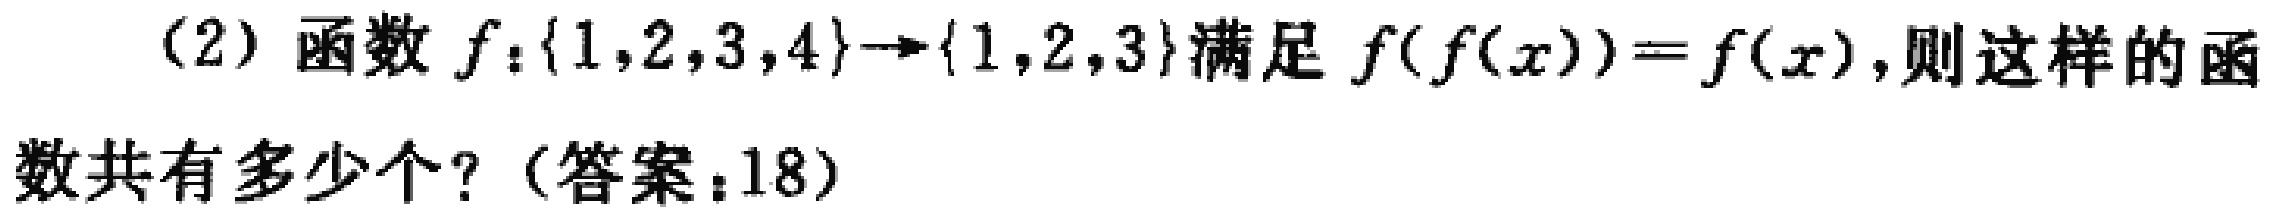
（2）函数 \(f:\{1,2,3,4\}\to\{1,2,3\}\)满足 \(f(f(x)) = f(x)\)，则这样的函数共有多少个？（答案：18）